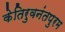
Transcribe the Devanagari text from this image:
केतिरुवनंतपुरम